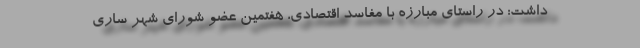
داشت: در راستای مبارزه با مفاسد اقتصادی، هفتمین عضو شورای شهر ساری